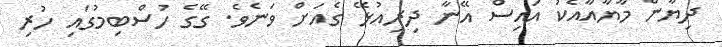
ދިޔާން މާޔާއާއެކު އައިސް އޭނާ ދިރިއުޅޭ ގެއަށް ވަނެވެ. ގޭގެ ހުސްބިމުގައި ހުރި